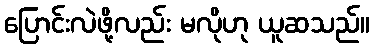
ပြောင်းလဲဖို့လည်း မလိုဟု ယူဆသည်။